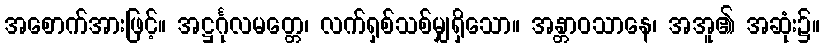
အစောက်အားဖြင့်။ အဋ္ဌင်္ဂုလမတ္တေ၊ လက်ရှစ်သစ်မျှရှိသော။ အန္တာဝသာနေ၊ အအူ၏ အဆုံး၌။